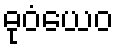
ဓုဝံယေဝ